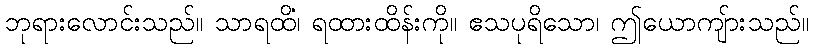
ဘုရားလောင်းသည်။ သာရထိံ၊ ရထားထိန်းကို။ ဧသပုရိသော၊ ဤယောကျ်ားသည်။